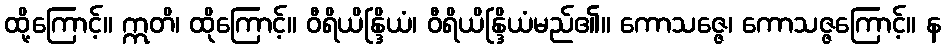
ထို့ကြောင့်။ ဣတိ၊ ထိုကြောင့်။ ဝီရိယိန္ဒြိယံ၊ ဝီရိယိန္ဒြိယံမည်၏။ ကောသဇ္ဇေ၊ ကောသဇ္ဇကြောင့်။ န